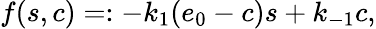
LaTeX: f(s,c)=:-k_{1}(e_{0}-c)s+k_{-1}c,